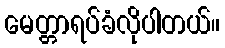
မေတ္တာရပ်ခံလိုပါတယ်။